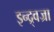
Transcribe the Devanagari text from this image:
इन्द्र्वज्रा